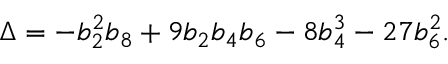
\Delta = - b _ { 2 } ^ { 2 } b _ { 8 } + 9 b _ { 2 } b _ { 4 } b _ { 6 } - 8 b _ { 4 } ^ { 3 } - 2 7 b _ { 6 } ^ { 2 } .